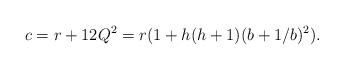
LaTeX: \begin{align*}c=r+12Q^2=r(1+h(h+1)(b+1/b)^2). \end{align*}